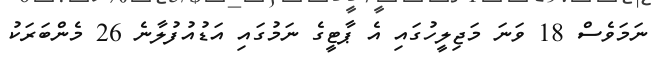
ނަމަވެސް 18 ވަނަ މަޖިލީހުގައި އެ ޕާޓީގެ ނަމުގައި އަޑުއުފުލާނެ 26 މެންބަރަކު